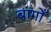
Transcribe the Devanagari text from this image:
बागोँ